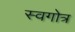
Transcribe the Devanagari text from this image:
स्वगोत्र